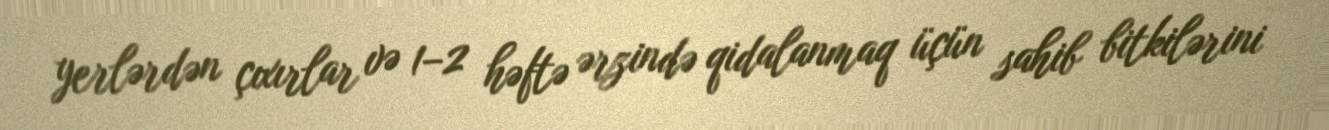
yerlərdən çıxırlar və 1–2 həftə ərzində qidalanmaq üçün sahib bitkilərini